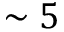
\sim 5